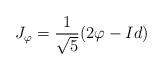
LaTeX: \begin{align*}J_{\varphi} = \frac{1}{\sqrt{5}}(2\varphi-Id)\end{align*}